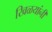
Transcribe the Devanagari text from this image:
खिळयांनी